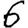
Digit: 6